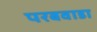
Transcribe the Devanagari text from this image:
परबवाडा